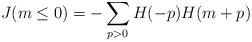
LaTeX: \begin{align*}J(m \le 0) = -\sum_{p>0} H(-p)H(m+p)\end{align*}